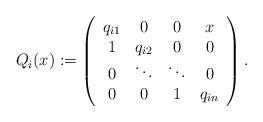
LaTeX: \begin{align*}&Q_i(x) := \left(\begin{array}{cccc} q_{i1} & 0 & 0 &x\\1&q_{i2} &0 &0 \\0&\ddots&\ddots&0 \\0&0&1&q_{in}\end{array} \right).\end{align*}